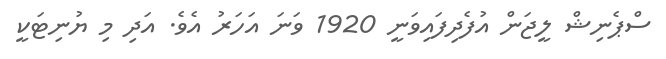
ސްޕެނިޝް ލީޖަން އުފެދިފައިވަނީ 1920 ވަނަ އަހަރު އެވެ. އަދި މި ޔުނިޓަކީ